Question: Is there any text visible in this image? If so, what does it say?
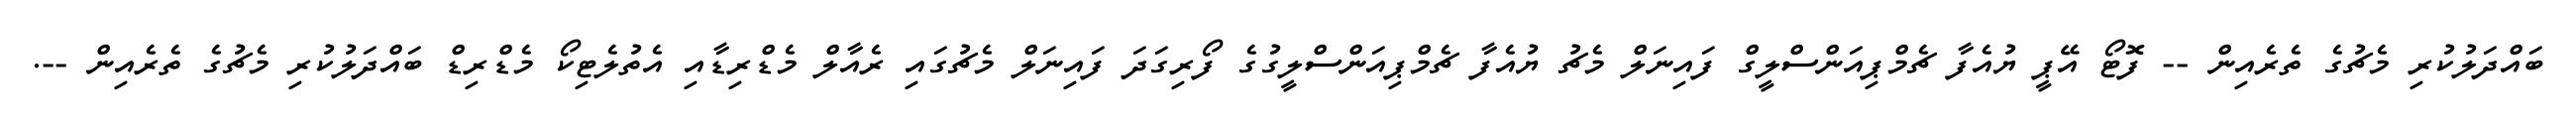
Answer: ބައްދަލުކުރި މެޗުގެ ތެރެއިން -- ފޮޓޯ އޭޕީ ޔުއެފާ ޗެމްޕިއަންސްލީގް ފައިނަލް މެޗު ޔުއެފާ ޗެމްޕިއަންސްލީގުގެ ފޯރިގަދަ ފައިނަލް މެޗުގައި ރެއާލް މެޑްރިޑާއި އެތުލެޓިކޯ މެޑްރިޑް ބައްދަލުކުރި މެޗުގެ ތެރެއިން --.